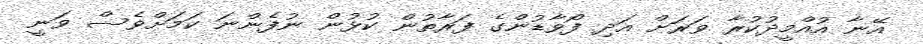
އޭނާ އުއްމީދުކުރާ ވަރަށް އަދި ފޯވާޑުންގެ ފަރާތުން ކުޅުން ނުފެންނަ ކަމަށްވެސް ވަނީ